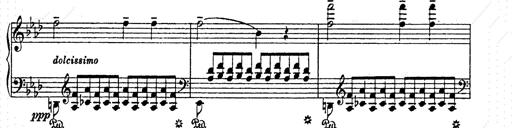
Title: AnnÃ©es de pÃ¨lerinage II
Composer: Franz Liszt